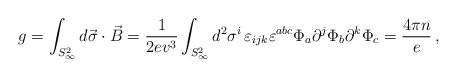
\begin{align*}g = \int_{S^{2}_{\infty}} d \vec{\sigma}\cdot \vec{B} = \frac{1}{2ev^{3}} \int_{S^{2}_{\infty}} d^{2}\sigma^{i} \, \varepsilon_{ijk}\varepsilon^{abc}\Phi_{a}\partial^{j}\Phi_{b}\partial^{k}\Phi_{c} = \frac{4\pi n}{e} \, ,\end{align*}